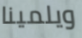
ويلمينا